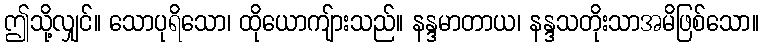
ဤသို့လျှင်။ သောပုရိသော၊ ထိုယောကျ်ားသည်။ နန္ဒမာတာယ၊ နန္ဒသတိုးသာအမိဖြစ်သော။